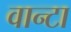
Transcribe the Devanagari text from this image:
वान्टा